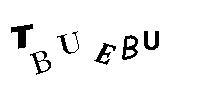
TBUEBU